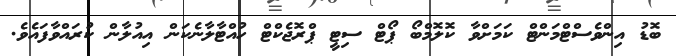
ބޮޑު އިންވެސްޓްމަންޓް ކަމަށްވާ ކޮލޮމްބޯ ޕޯޓް ސިޓީ ޕްރޮޖެކްޓް ހުއްޓާލާނެކަން އިއުލާން ކުރައްވާފައެވެ.